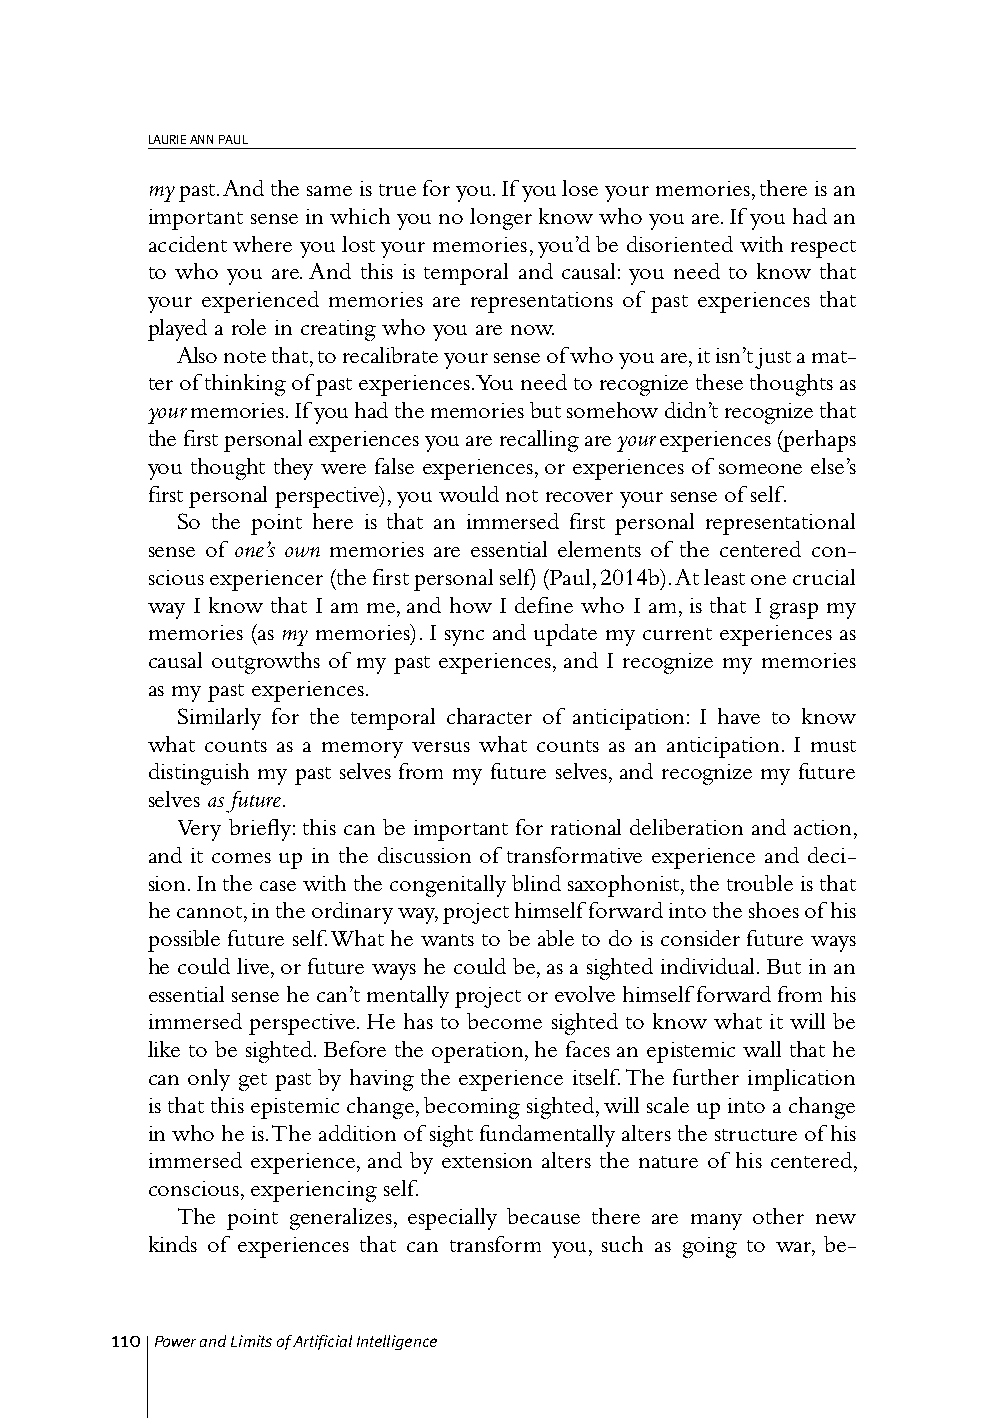
LAURIE ANN PAUL
 my past. And the same is true for you. If you lose your memories, there is an
 important sense in which you no longer know who you are. If you had an
 accident where you lost your memories, you’d be disoriented with respect
 to who you are. And this is temporal and causal: you need to know that
 your experienced memories are representations of past experiences that
 played a role in creating who you are now.
 Also note that, to recalibrate your sense of who you are, it isn’t just a mat-
 ter of thinking of past experiences. You need to recognize these thoughts as
 your memories. If you had the memories but somehow didn’t recognize that
 the first personal experiences you are recalling are your experiences (perhaps
 you thought they were false experiences, or experiences of someone else’s
 first personal perspective), you would not recover your sense of self.
 So the point here is that an immersed first personal representational
 sense of one’s own memories are essential elements of the centered con-
 scious experiencer (the first personal self) (Paul, 2014b). At least one crucial
 way I know that I am me, and how I define who I am, is that I grasp my
 memories (as my memories). I sync and update my current experiences as
 causal outgrowths of my past experiences, and I recognize my memories
 as my past experiences.
 Similarly for the temporal character of anticipation: I have to know
 what counts as a memory versus what counts as an anticipation. I must
 distinguish my past selves from my future selves, and recognize my future
 selves as future.
 Very briefly: this can be important for rational deliberation and action,
 and it comes up in the discussion of transformative experience and deci-
 sion. In the case with the congenitally blind saxophonist, the trouble is that
 he cannot, in the ordinary way, project himself forward into the shoes of his
 possible future self. What he wants to be able to do is consider future ways
 he could live, or future ways he could be, as a sighted individual. But in an
 essential sense he can’t mentally project or evolve himself forward from his
 immersed perspective. He has to become sighted to know what it will be
 like to be sighted. Before the operation, he faces an epistemic wall that he
 can only get past by having the experience itself. The further implication
 is that this epistemic change, becoming sighted, will scale up into a change
 in who he is. The addition of sight fundamentally alters the structure of his
 immersed experience, and by extension alters the nature of his centered,
 conscious, experiencing self.
 The point generalizes, especially because there are many other new
 kinds of experiences that can transform you, such as going to war, be-
 110 Power and Limits of Artificial Intelligence